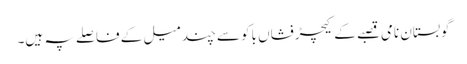
گوبستان نامی قصبے کے کیچڑفشاں باکو سے چند میل کے فاصلے پہ ہیں۔